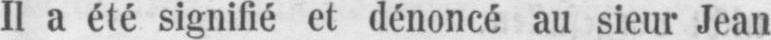
Il a été signifié et dénoncé au sieur Jean